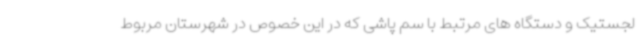
لجستیک و دستگاه های مرتبط با سم پاشی که در این خصوص در شهرستان مربوط